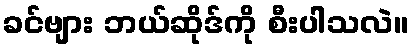
ခင်ဗျား ဘယ်ဆိုဒ်ကို စီးပါသလဲ။